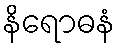
နိရောဓနံ